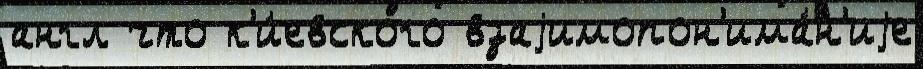
англ что к'и́евского взаjимопон'има́н'иjе